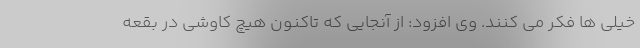
خیلی ها فکر می کنند. وی افزود: از آنجایی که تاکنون هیچ کاوشی در بقعه